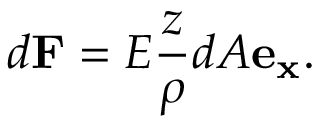
d \mathbf { F } = E { \frac { z } { \rho } } d A \mathbf { e _ { x } } .